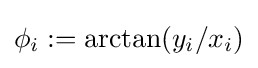
\phi _{i}:=\arctan(y_{i}/x_{i})